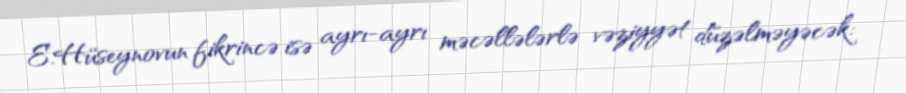
E.Hüseynovun fikrincə isə ayrı-ayrı məcəllələrlə vəziyyət düzəlməyəcək: